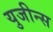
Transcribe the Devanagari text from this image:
युजीन्स